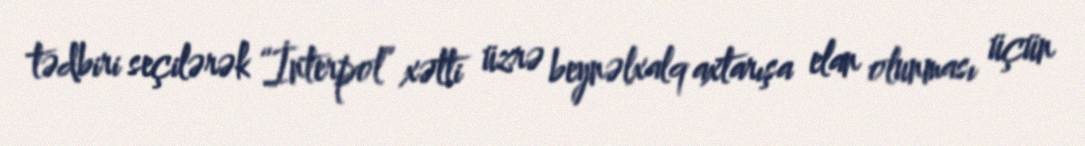
tədbiri seçilərək “İnterpol” xətti üzrə beynəlxalq axtarışa elan olunması üçün